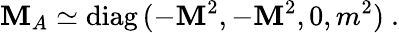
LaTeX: {\cal\mathbf{M}}_{A}\simeq\mathrm{{diag}}\, (-\mathbf{M}^{2},-\mathbf{M}^{2},0,m^{2})\ .